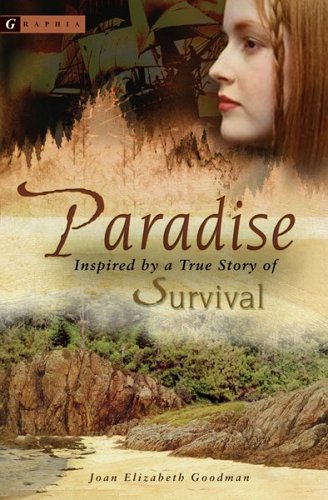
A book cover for Paradise; Joan Elizabeth Goodman; Teen & Young Adult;